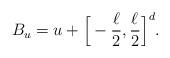
LaTeX: \begin{align*}B_u = u + \Big[-\frac{\ell_{}}{2} , \frac{\ell_{}}{2} \Big]^d.\end{align*}